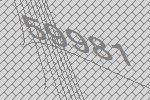
59981